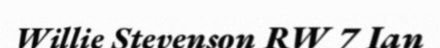
Willie Stevenson RW 7 Ian